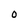
Character: o